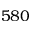
5 8 0